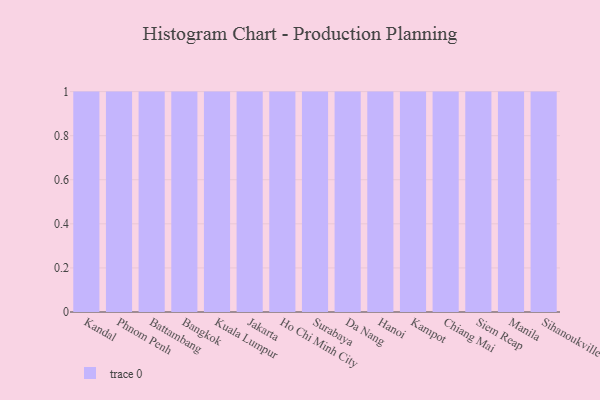
{"axis": {"x": "City", "y": "Customer Acquisition Cost (USD)"}, "legend": [""], "data": [{"x": "Kandal", "y": 48, "type": ""}, {"x": "Phnom Penh", "y": 61, "type": ""}, {"x": "Battambang", "y": 65, "type": ""}, {"x": "Bangkok", "y": 54, "type": ""}, {"x": "Kuala Lumpur", "y": 33, "type": ""}, {"x": "Jakarta", "y": 38, "type": ""}, {"x": "Ho Chi Minh City", "y": 94, "type": ""}, {"x": "Surabaya", "y": 88, "type": ""}, {"x": "Da Nang", "y": 91, "type": ""}, {"x": "Hanoi", "y": 3, "type": ""}, {"x": "Kampot", "y": 17, "type": ""}, {"x": "Chiang Mai", "y": 44, "type": ""}, {"x": "Siem Reap", "y": 3, "type": ""}, {"x": "Manila", "y": 61, "type": ""}, {"x": "Sihanoukville", "y": 93, "type": ""}]}